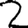
Digit: 2